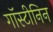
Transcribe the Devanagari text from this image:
गॉस्टीनिन